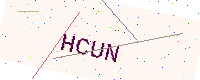
Text: HCUN